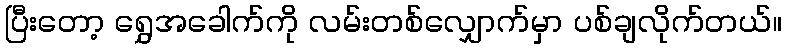
ပြီးတော့ ရွှေအခေါက်ကို လမ်းတစ်လျှောက်မှာ ပစ်ချလိုက်တယ်။